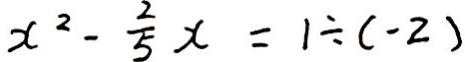
x ^ { 2 } - \frac { 2 } { 5 } x = 1 \div ( - 2 )